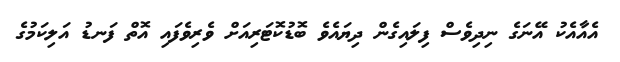
އެއާއެކު އޭނަގެ ނިދިވެސް ފިލައިގެން ދިޔައެވެ ބޮޑުކޮޓަރިއަށް ވެރިވެފައި އޮތް ފަނޑު އަލިކަމުގެ